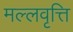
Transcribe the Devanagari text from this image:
मल्लवृत्ति